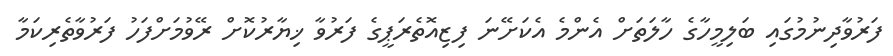
ފަރުވާދިނުމުގައި ބަލިމީހާގެ ހާލަތަށް އެންމެ އެކަށޭނަ ފިޒިއޮތެރަޕީގެ ފަރުވާ ޚިޔާރުކޮށް ރޭވުމަށްފަހު ފަރުވާތެރިކަމާ